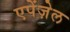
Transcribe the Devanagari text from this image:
एपेंज़ेल